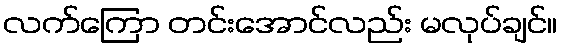
လက်ကြော တင်းအောင်လည်း မလုပ်ချင်။